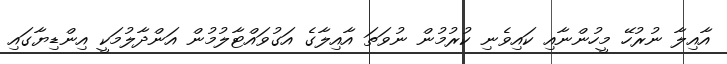
އާއިލާ ނުރުހޭ މީހުންނާއި ކައިވެނި ކުރުމުން ނުވަތަ އާއިލާގެ އަގުވައްޓާލުމުން އަންދާލުމަކީ އިންޑިޔާގައި